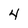
Character: 4